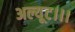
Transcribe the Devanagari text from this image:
अल्यूट।।।